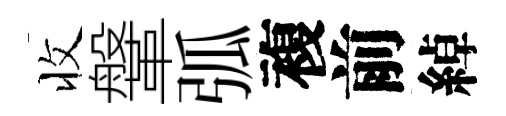
收鞶弧複前綽